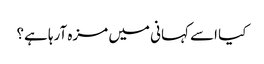
کیا اسے کہانی میں مزہ آرہا ہے؟